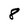
Character: 8